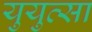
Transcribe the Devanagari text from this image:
युयुत्सा